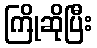
ကြိုဆိုပြီး